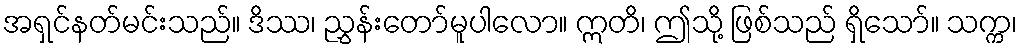
အရှင်နတ်မင်းသည်။ ဒိဿ၊ ညွှန်းတော်မူပါလော။ ဣတိ၊ ဤသို့ ဖြစ်သည် ရှိသော်။ သက္က၊